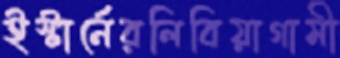
ইস্টার্নেরলিবিয়াগামী